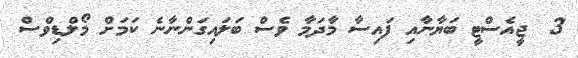
3  ޖީއެސްޓީ ބަޔާނާއި ފައިސާ މާދަމާ ވެސް ބަލައިގަންނާނެ ކަމަށް މޯލްޑިވްސް